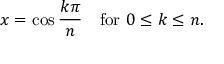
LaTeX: x = \cos { \frac { k \pi } { n } } \quad { \mathrm { f o r ~ } } 0 \leq k \leq n .